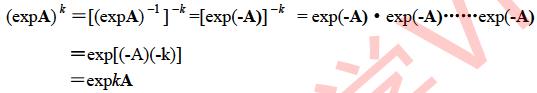
\begin{align*}
(\exp\mathbf{A})^{-k}&=[(\exp\mathbf{A})^{-1}]^{k} =[\exp(-\mathbf{A})]^{k}=\exp(-\mathbf{A})\cdot\exp(-\mathbf{A})\cdots\cdots\exp(-\mathbf{A})\\
&=\exp[(-\mathbf{A})(-k)]\\
&=\exp k\mathbf{A}
\end{align*}